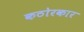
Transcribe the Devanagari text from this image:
कठोरकार